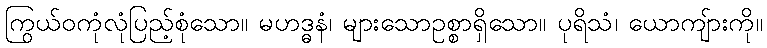
ကြွယ်ဝကုံလုံပြည့်စုံသော။ မဟဒ္ဓနံ၊ များသောဥစ္စာရှိသော။ ပုရိသံ၊ ယောကျ်ားကို။